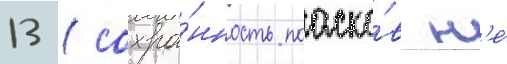
13 (сохра́нность поаско́в н'е́